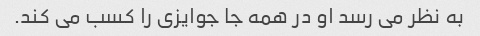
به نظر می رسد او در همه جا جوایزی را کسب می کند.